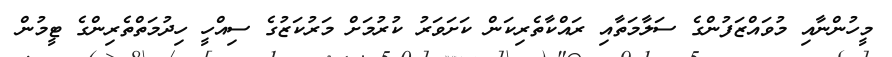
މީހުންނާއި މުވައްޒަފުންގެ ސަލާމަތާއި ރައްކާތެރިކަން ކަށަވަރު ކުރުމަށް މަރުކަޒުގެ ސިއްހީ ހިދުމަތްތެރިންގެ ޓީމުން